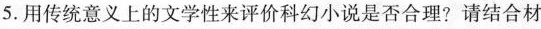
5. 用传统意义上的文学性来评价科幻小说是否合理? 请结合材